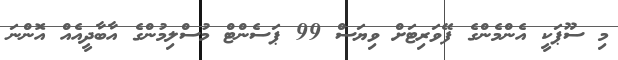
މި ސޫޕަކީ އެންމެންގެ ފޭވަރިޓަށް ވިޔަސް 99 ޕަސެންޓް މުސްލިމުންގެ އާބާދީއެއް އޮންނަ